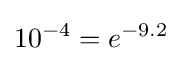
10^{-4}=e^{-9.2}